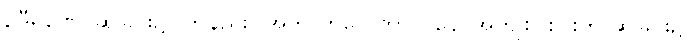
ဥဒီရဏေ၊ ဆိုခြင်း၌။ တနည်း။ အဘိလာပေ ဘာသနေ၊ အကျိုးငါးပါးကို ဆိုခြင်း၌။